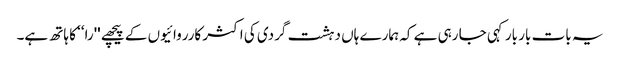
یہ بات بار بار کہی جا رہی ہے کہ ہمارے ہاں دہشت گردی کی اکثر کارروائیوں کے پیچھے ''را‘‘ کا ہاتھ ہے۔